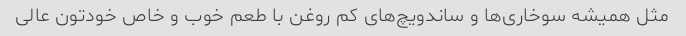
مثل همیشه سوخاری‌ها و ساندویچ‌های کم روغن با طعم خوب و خاص خودتون عالی